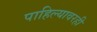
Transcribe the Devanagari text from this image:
पाहिल्यावरही